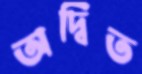
অদ্বিত